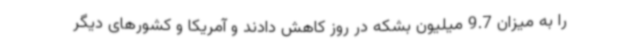
را به میزان 9.7 میلیون بشکه در روز کاهش دادند و آمریکا و کشورهای دیگر